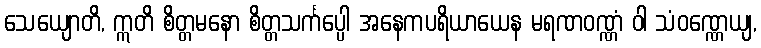
သေယျောတိ, ဣတိ စိတ္တမနော စိတ္တသင်္ကပ္ပေါ အနေကပရိယာယေန မရဏဝဏ္ဏံ ဝါ သံဝဏ္ဏေယျ,